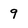
Character: 9